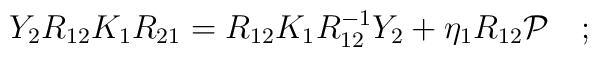
Y_{2} R_{12} K_{1} R_{21} = R_{12} K_{1} R^{-1}_{12} Y_{2} + \eta_{1}R_{12}{\cal P}\quad;\\